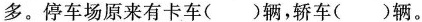
多。停车场原来有卡车( )辆，轿车( )辆。